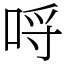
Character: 哷